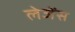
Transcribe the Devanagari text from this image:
लेजेंस